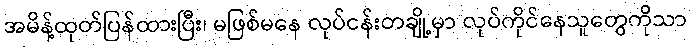
အမိန့်ထုတ်ပြန်ထားပြီး၊ မဖြစ်မနေ လုပ်ငန်းတချို့မှာ လုပ်ကိုင်နေသူတွေကိုသာ